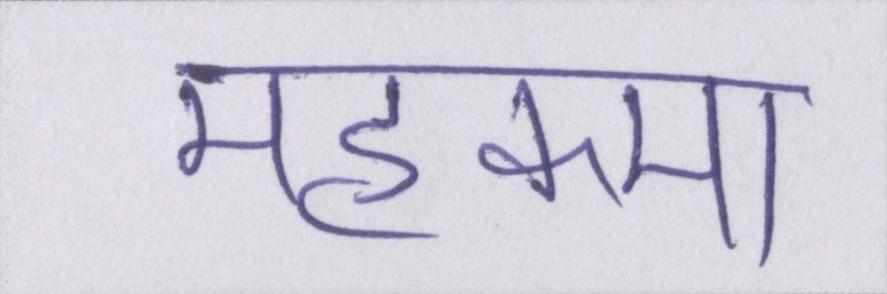
महकमा